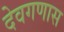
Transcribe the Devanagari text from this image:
देवगणास